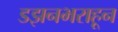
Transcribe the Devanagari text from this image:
डझनभराहून